Elephants and their diseases
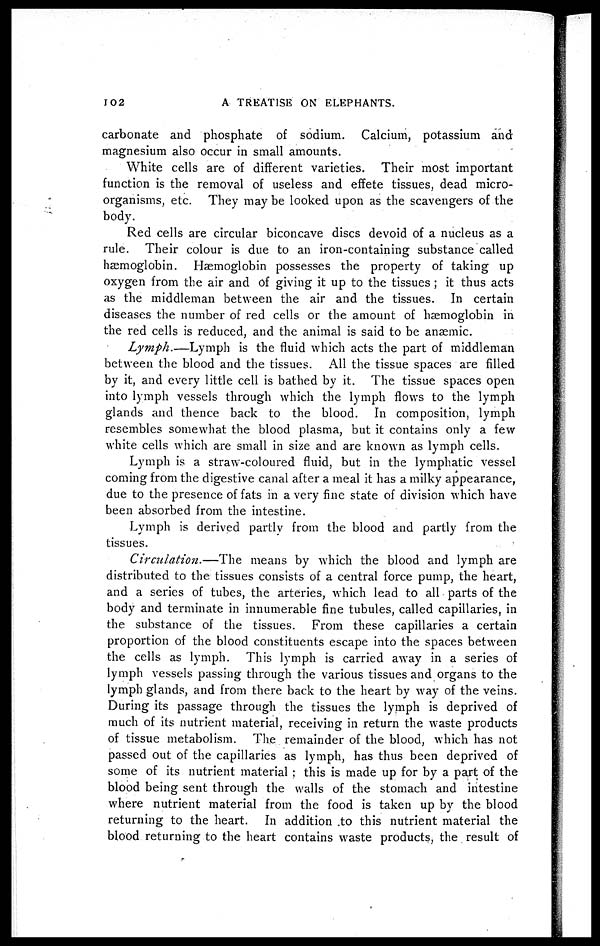
102
A TREATISE ON ELEPHANTS.
carbonate and phosphate of sodium. Calcium, potassium and
magnesium also occur in small amounts.
White cells are of different varieties. Their most important
function is the removal of useless and effete tissues, dead micro-
organisms, etc. They may be looked upon as the scavengers of the
body.
Red cells are circular biconcave discs devoid of a nucleus as a
rule. Their colour is due to an iron-containing substance called
haemoglobin. Haemoglobin possesses the property of taking up
oxygen from the air and of giving it up to the tissues ; it thus acts
as the middleman between the air and the tissues. In certain
diseases the number of red cells or the amount of haemoglobin in
the red cells is reduced, and the animal is said to be anaemic.
Lymph.—Lymph
is the fluid which acts the part of middleman
between the blood and the tissues. All the tissue spaces are filled
by it, and every little cell is bathed by it. The tissue spaces open
into lymph vessels through which the lymph flows to the lymph
glands and thence back to the blood. In composition, lymph
resembles somewhat the blood plasma, but it contains only a few
white cells which are small in size and are known as lymph cells.
Lymph is a straw-coloured fluid, but in the lymphatic vessel
coming from the digestive canal after a meal it has a milky appearance,
due to the presence of fats in a very fine state of division which have
been absorbed from the intestine.
Lymph is derived partly from the blood and partly from the
tissues.
Circulation.—The
means by which the blood and lymph are
distributed to the tissues consists of a central force pump, the heart,
and a series of tubes, the arteries, which lead to all parts of the
body and terminate in innumerable fine tubules, called capillaries, in
the substance of the tissues. From these capillaries a certain
proportion of the blood constituents escape into the spaces between
the cells as lymph. This lymph is carried away in a series of
lymph vessels passing through the various tissues and organs to the
lymph glands, and from there back to the heart by way of the veins.
During its passage through the tissues the lymph is deprived of
much of its nutrient material, receiving in return the waste products
of tissue metabolism. The remainder of the blood, which has not
passed out of the capillaries as lymph, has thus been deprived of
some of its nutrient material ; this is made up for by a part of the
blood being sent through the walls of the stomach and intestine
where nutrient material from the food is taken up by the blood
returning to the heart. In addition to this nutrient material the
blood returning to the heart contains waste products, the result of